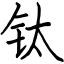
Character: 钛